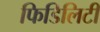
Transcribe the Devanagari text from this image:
फिडिलिटी